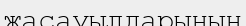
жасауылдарының